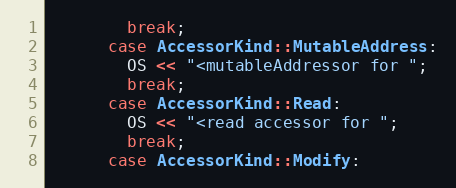
Language: C++
        break;
      case AccessorKind::MutableAddress:
        OS << "<mutableAddressor for ";
        break;
      case AccessorKind::Read:
        OS << "<read accessor for ";
        break;
      case AccessorKind::Modify: